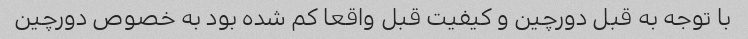
با توجه به قبل دورچین و کیفیت قبل واقعا کم شده بود به خصوص دورچین